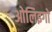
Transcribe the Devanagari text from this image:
ओलिइगो